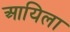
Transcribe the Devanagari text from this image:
आयिला